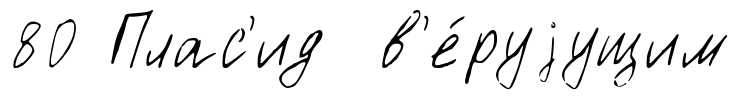
80 Плас'ид в'е́руjущим